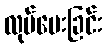
လုပ်ပေးခြင်း